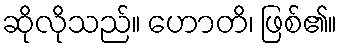
ဆိုလိုသည်။ ဟောတိ၊ ဖြစ်၏။